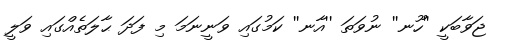
ޖަވާބަކީ ''ހޫނ'' ނުވަތަ ''އާނ'' ކަމުގައި ވަނީނަމަ މި ފަދަ ޙާލަތެއްގައި ވަލީ